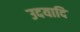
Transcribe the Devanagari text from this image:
उदयादि